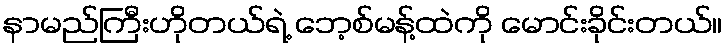
နာမည်ကြီးဟိုတယ်ရဲ့ ဘေ့စ်မန့်ထဲကို မောင်းခိုင်းတယ်။